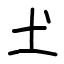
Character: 𡈽